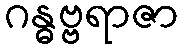
ဂန္ဓဗ္ဗရာဇာ